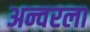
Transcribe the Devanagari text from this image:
अन्वरला